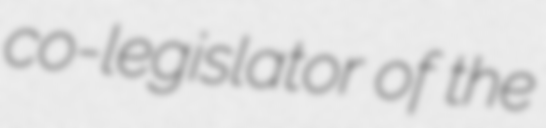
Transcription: co-legislator of the